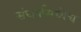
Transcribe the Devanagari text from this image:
संघर्षामध्येच